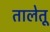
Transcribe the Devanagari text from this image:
तालेतू